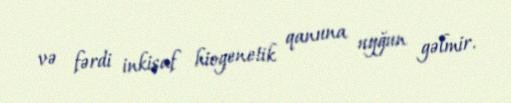
və fərdi inkişaf hiogenetik qanuna uyğun gəlmir.